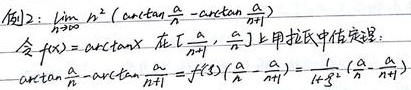
例2：\(\lim_{n\rightarrow\infty}n^2\left(\arctan\frac{a}{n}-\arctan\frac{a}{n + 1}\right)\)
令 \(f(x)=\arctan x\)，在 \(\left[\frac{a}{n + 1},\frac{a}{n}\right]\) 上用拉氏中值定理：
\(\arctan\frac{a}{n}-\arctan\frac{a}{n + 1}=f'(\xi)\left(\frac{a}{n}-\frac{a}{n + 1}\right)=\frac{1}{1+\xi^2}\left(\frac{a}{n}-\frac{a}{n + 1}\right)\)